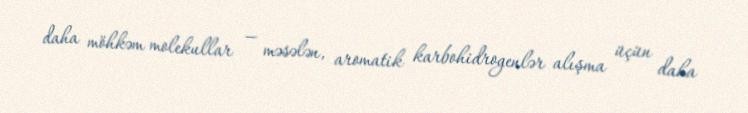
daha möhkəm molekullar — məsələn, aromatik karbohidrogenlər alışma üçün daha